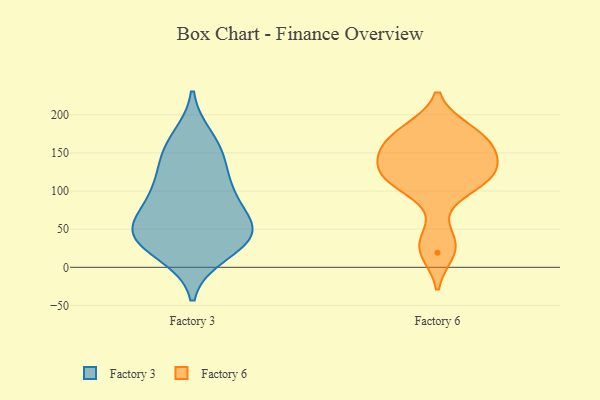
{"axis": {"x": "Market Share (%)", "y": "Value"}, "legend": ["Factory 3", "Factory 6"], "data": [{"x": "", "y": 148, "type": "Factory 3"}, {"x": "", "y": 168, "type": "Factory 3"}, {"x": "", "y": 102, "type": "Factory 3"}, {"x": "", "y": 98, "type": "Factory 3"}, {"x": "", "y": 54, "type": "Factory 3"}, {"x": "", "y": 46, "type": "Factory 3"}, {"x": "", "y": 47, "type": "Factory 3"}, {"x": "", "y": 50, "type": "Factory 3"}, {"x": "", "y": 44, "type": "Factory 3"}, {"x": "", "y": 146, "type": "Factory 3"}, {"x": "", "y": 31, "type": "Factory 3"}, {"x": "", "y": 97, "type": "Factory 3"}, {"x": "", "y": 19, "type": "Factory 3"}, {"x": "", "y": 122, "type": "Factory 6"}, {"x": "", "y": 36, "type": "Factory 6"}, {"x": "", "y": 156, "type": "Factory 6"}, {"x": "", "y": 131, "type": "Factory 6"}, {"x": "", "y": 181, "type": "Factory 6"}, {"x": "", "y": 160, "type": "Factory 6"}, {"x": "", "y": 111, "type": "Factory 6"}, {"x": "", "y": 152, "type": "Factory 6"}, {"x": "", "y": 179, "type": "Factory 6"}, {"x": "", "y": 104, "type": "Factory 6"}, {"x": "", "y": 19, "type": "Factory 6"}, {"x": "", "y": 125, "type": "Factory 6"}]}